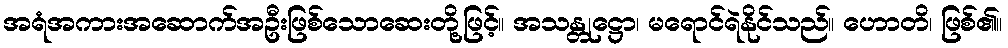
အရံအကားအဆောက်အဦးဖြစ်သောဆေးတို့ဖြင့်။ အသန္တုဋ္ဌော၊ မရောင်ရဲနိုင်သည်။ ဟောတိ၊ ဖြစ်၏။